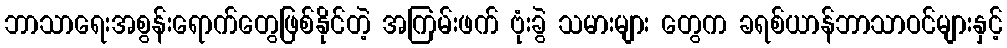
ဘာသာရေးအစွန်းရောက်တွေဖြစ်နိုင်တဲ့ အကြမ်းဖက် ဗုံးခွဲ သမားများ တွေက ခရစ်ယာန်ဘာသာဝင်များနှင့်